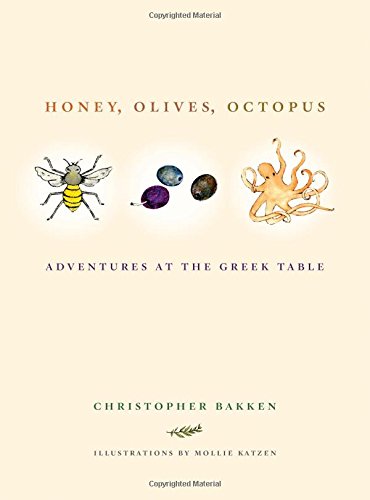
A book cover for Honey, Olives, Octopus: Adventures at the Greek Table; Christopher Bakken; Travel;